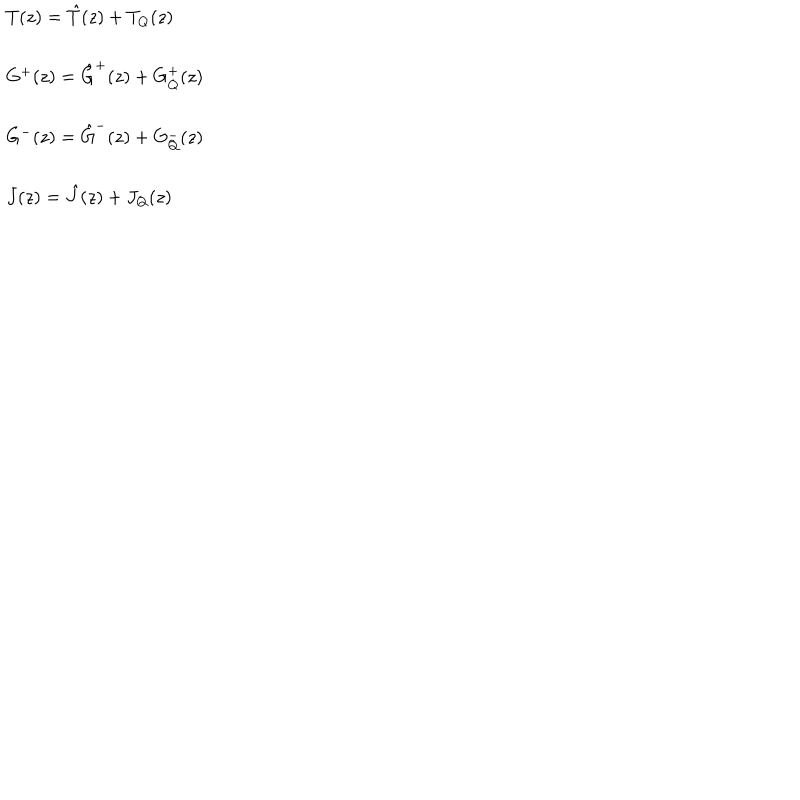
\begin{array} { l } { { T ( z ) = \hat { T } ( z ) + T _ { Q } ( z ) } } \\ { { \ } } \\ { { G ^ { + } ( z ) = \hat { G } ^ { + } ( z ) + G _ { Q } ^ { + } ( z ) } } \\ { { \ } } \\ { { G ^ { - } ( z ) = \hat { G } ^ { - } ( z ) + G _ { Q } ^ { - } ( z ) } } \\ { { \ } } \\ { { J ( z ) = \hat { J } ( z ) + J _ { Q } ( z ) } } \\ \end{array}